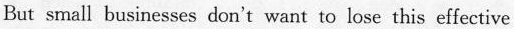
But small businesses don't want tc lose this effective